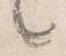
言